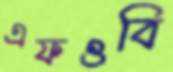
এফওবি